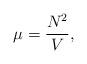
LaTeX: \begin{align*}\mu=\frac{N^2}{V},\end{align*}